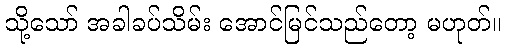
သို့သော် အခါခပ်သိမ်း အောင်မြင်သည်တော့ မဟုတ်။